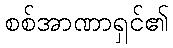
စစ်အာဏာရှင်၏